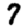
Digit: 7